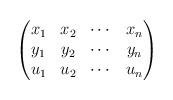
LaTeX: \begin{align*}\begin{pmatrix}x_1 & x_2 & \cdots & x_n \\y_1 & y_2 & \cdots & y_n \\u_1 & u_2 & \cdots & u_n\end{pmatrix}\end{align*}